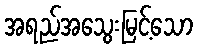
အရည်အသွေးမြင့်သော